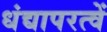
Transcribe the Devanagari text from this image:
धंद्यापरत्वें